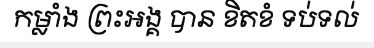
កម្លាំង ព្រះអង្គ បាន ខិតខំ ទប់ទល់